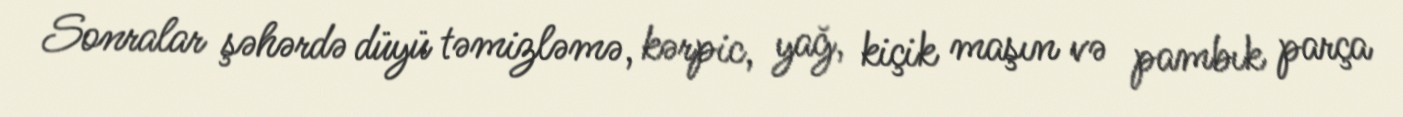
Sonralar şəhərdə düyü təmizləmə, kərpic, yağ, kiçik maşın və pambık parça